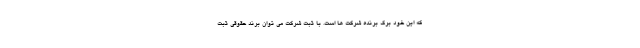
که این خود برگ برنده شرکت ها است. با ثبت شرکت می توان برند حقوقی ثبت